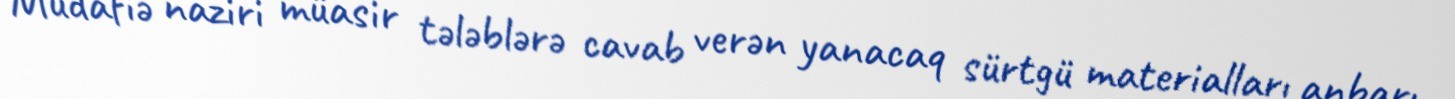
Müdafiə naziri müasir tələblərə cavab verən yanacaq sürtgü materialları anbarı,